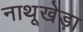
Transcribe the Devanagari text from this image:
नाथूखेड़ा